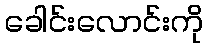
ခေါင်းလောင်းကို